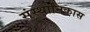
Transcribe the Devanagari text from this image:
संस्थानिकास